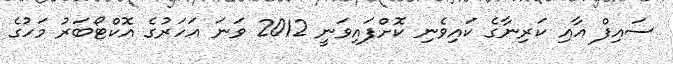
ސައިފް އާއި ކަރިނާގެ ކައިވެނި ކޮށްފައިވަނީ 2012 ވަނަ އަހަރުގެ އޮކްޓޯބަރު މަހުގެ